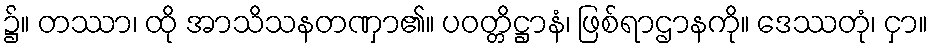
၌။ တဿာ၊ ထို အာသိသနတဏှာ၏။ ပဝတ္တိဋ္ဌာနံ၊ ဖြစ်ရာဌာနကို။ ဒေဿတုံ၊ ငှာ။